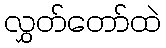
လွှတ်တော်ထဲ